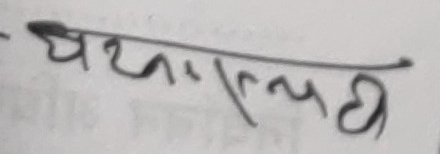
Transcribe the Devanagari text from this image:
घथाल्यिछ